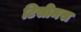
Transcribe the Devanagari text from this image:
टिसीमस